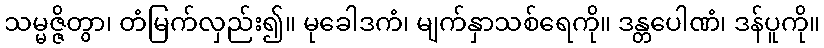
သမ္မဇ္ဇိတွာ၊ တံမြက်လှည်း၍။ မုခေါဒကံ၊ မျက်နှာသစ်ရေကို။ ဒန္တပေါဏံ၊ ဒန်ပူကို။